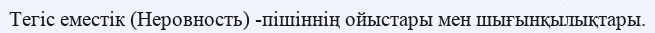
Тегiс еместік (Неровность) -пішіннің ойыстары мен шығынқылықтары.